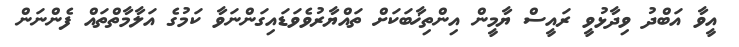
އީވާ އަބްދު ވިދާޅުވީ ރައީސް ޔާމީން އިންތިޚާބަކަށް ތައްޔާރުވެވަޑައިގަންނަވާ ކަމުގެ އަލާމާތްތައް ފެންނަން